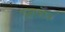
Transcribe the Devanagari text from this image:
बलफ़ोर